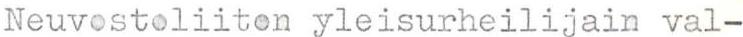
Neuvostoliiton yleisurheilijain val-